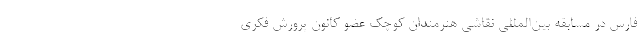
فارس در مسابقه بین‌المللی نقاشی هنرمندان کوچک عضو کانون پرورش فکری